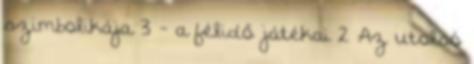
szimbolikája 3 - a félidő játékai 2 Az utolsó